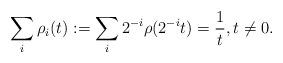
LaTeX: \begin{align*} \sum_i \rho_i(t) := \sum_i 2^{-i} \rho(2^{-i}t) = \frac{1}{t}, t\neq 0.\end{align*}